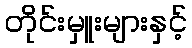
တိုင်းမှူးများနှင့်